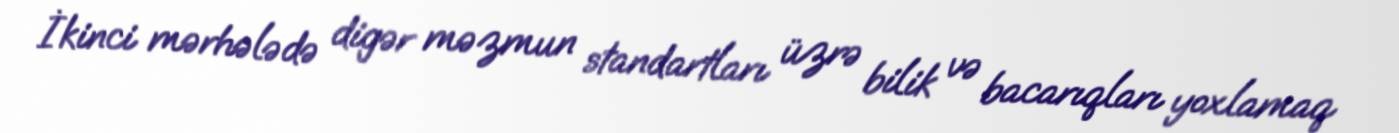
İkinci mərhələdə digər məzmun standartları üzrə bilik və bacarıqları yoxlamaq